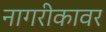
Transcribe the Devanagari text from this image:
नागरीकावर